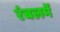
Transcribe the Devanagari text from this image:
रंबलमें